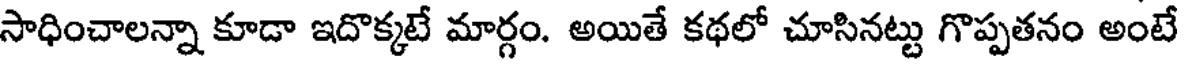
సాధించాలన్నా కూడా ఇదొక్కటే మార్గం. అయితే కథలో చూసినట్టు గొప్పతనం అంటే